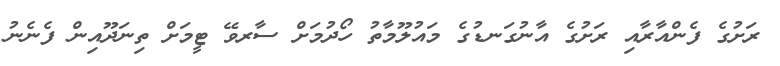
ރަށުގެ ފެންއާރާއި ރަށުގެ އާނުގަނޑުގެ މައުލޫމާތު ހޯދުމަށް ސާރވޭ ޓީމަށް ތިނަދޫއިން ފެނެނު